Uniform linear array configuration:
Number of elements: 4
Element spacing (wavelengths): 0.25
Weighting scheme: blackman
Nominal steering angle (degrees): -30
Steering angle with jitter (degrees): -30.596
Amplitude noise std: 0.05
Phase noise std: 0.05

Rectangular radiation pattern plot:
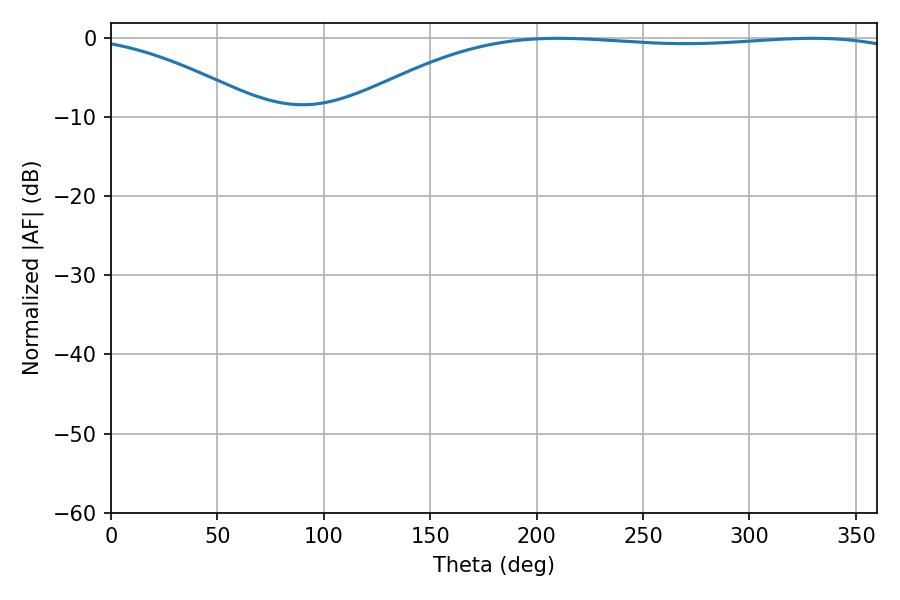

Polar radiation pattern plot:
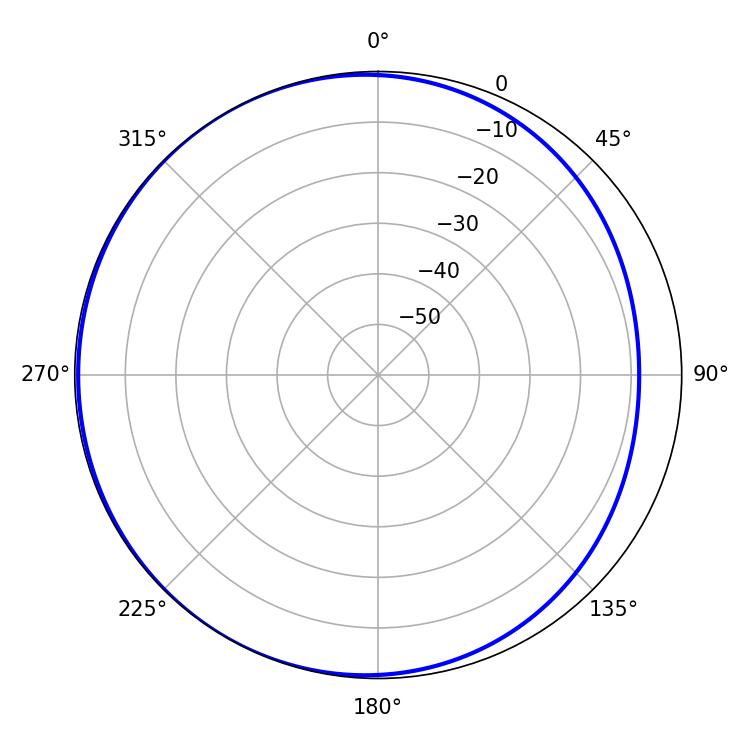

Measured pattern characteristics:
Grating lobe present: FALSE
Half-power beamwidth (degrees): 209.7
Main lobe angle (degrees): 210.24